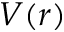
V ( r )